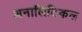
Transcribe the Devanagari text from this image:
अनालिटिकल